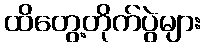
ထိတွေ့တိုက်ပွဲများ